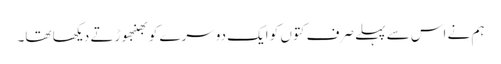
ہم نے اس سے پہلے صرف کتوں کو ایک دوسرے کو بھنبھوڑتے دیکھا تھا۔